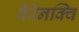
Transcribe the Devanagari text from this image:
बैरेनक्वि